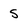
Character: S